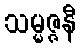
သမ္မဇ္ဇနီ